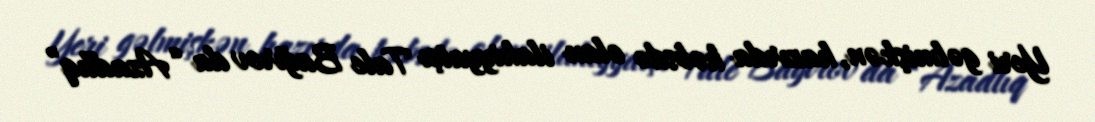
Yeri gəlmişkən, hazırda həbsdə olan ilahiyyatçı Tale Bağırov da “Azadlıq”